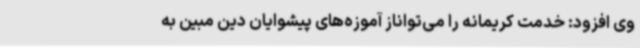
وی افزود: خدمت کریمانه را می‌تواناز آموزه‌های پیشوایان دین مبین به